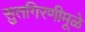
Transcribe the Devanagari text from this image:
सुतगिरणीमूळे